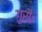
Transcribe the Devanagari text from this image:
गुरौ।